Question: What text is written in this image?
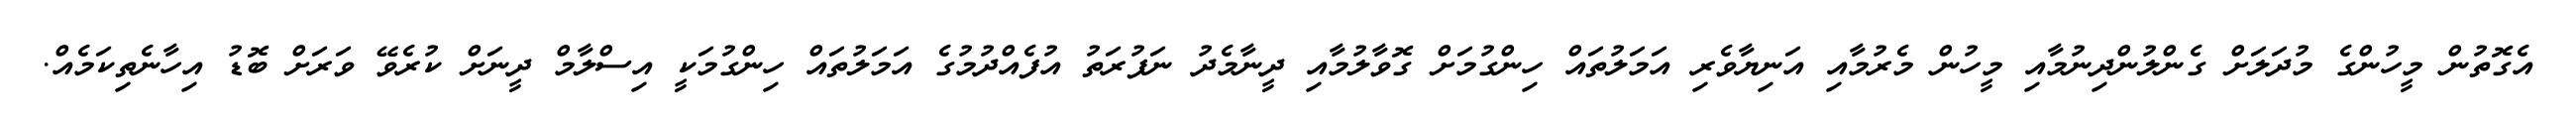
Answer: އެގޮތުން މީހުންގެ މުދަލަށް ގެންލުންދިނުމާއި މީހުން މެރުމާއި އަނިޔާވެރި އަމަލުތައް ހިންގުމަށް ގޮވާލުމާއި ދީނާމެދު ނަފުރަތު އުފެއްދުމުގެ އަމަލުތައް ހިންގުމަކީ އިސްލާމް ދީނަށް ކުރެވޭ ވަރަށް ބޮޑު އިހާނެތިކަމެއް.